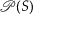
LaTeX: { \mathcal { P } } ( S )